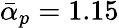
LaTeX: \bar{\alpha}_{p}=1.15